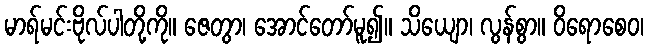
မာရ်မင်းဗိုလ်ပါတို့ကို။ ဇေတွာ၊ အောင်တော်မူ၍။ သိယျော၊ လွန်စွာ။ ဝိရောစေဝ၊